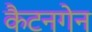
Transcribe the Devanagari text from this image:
कैटनगेन